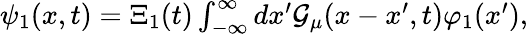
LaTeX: \begin{array}{r}{\psi_{1}(x,t)=\Xi_{1}(t)\int_{-\infty}^{\infty}dx^{\prime}{\cal{G}}_{\mu}(x-x^{\prime},t)\varphi_{1}(x^{\prime}),}\end{array}